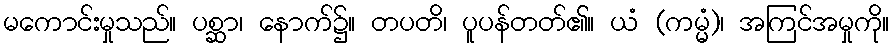
မကောင်းမှုသည်။ ပစ္ဆာ၊ နောက်၌။ တပတိ၊ ပူပန်တတ်၏။ ယံ (ကမ္မံ)၊ အကြင်အမှုကို။